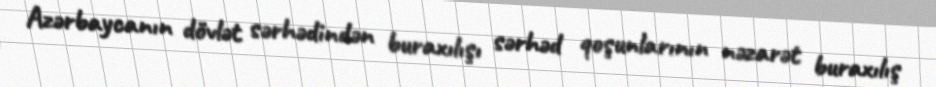
Azərbaycanın dövlət sərhədindən buraxılışı sərhəd qoşunlarının nəzarət buraxılış